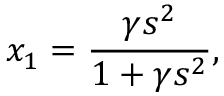
x _ { 1 } = \frac { \gamma s ^ { 2 } } { 1 + \gamma s ^ { 2 } } ,